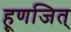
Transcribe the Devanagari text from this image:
हूणजित्‌